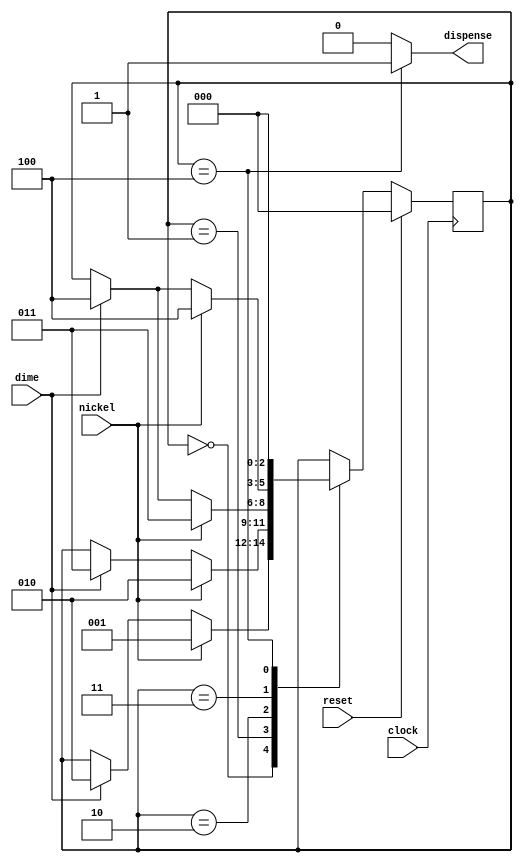
// SPDX-License-Identifier: Apache-2.0

// A simple Verilog FSM vending machine implementation
module VerilogVendingMachine(
  input clock,
  input reset,
  input nickel,
  input dime,
  output dispense
);
  parameter sIdle = 3'd0, s5 = 3'd1, s10 = 3'd2, s15 = 3'd3, sOk = 3'd4;
  reg [2:0] state;

  assign dispense = (state == sOk) ? 1'd1 : 1'd0;

  always @(posedge clock) begin
    if (reset) begin
      state <= sIdle;
    end else begin
      case (state)
      sIdle: begin
        if (nickel) state <= s5;
        else if (dime) state <= s10;
        else state <= state;
      end
      s5: begin
        if (nickel) state <= s10;
        else if (dime) state <= s15;
        else state <= state;
      end
      s10: begin
        if (nickel) state <= s15;
        else if (dime) state <= sOk;
        else state <= state;
      end
      s15: begin
        if (nickel) state <= sOk;
        else if (dime) state <= sOk;
        else state <= state;
      end
      sOk: begin
        state <= sIdle;
      end
      endcase
    end
  end
endmodule